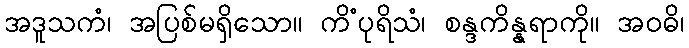
အဒူသကံ၊ အပြစ်မရှိသော။ ကိံပုရိသံ၊ စန္ဒကိန္နရာကို။ အဝဓိ၊